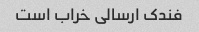
فندک ارسالی خراب است